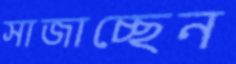
সাজাচ্ছেন